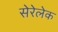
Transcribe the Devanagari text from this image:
सेरेलेक